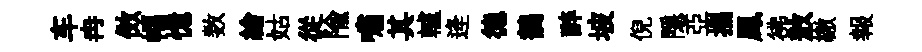
车冉傚幅憶数繪姑從隃嘯其轤逄德鶺醉坡倪隱亞攜鳳彿敖繳報